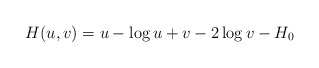
\begin{align*}H(u,v) = u - \log u + v - 2 \log v - H_0\end{align*}